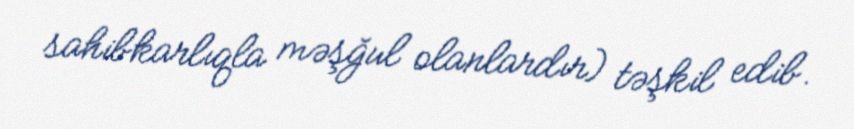
sahibkarlıqla məşğul olanlardır) təşkil edib.